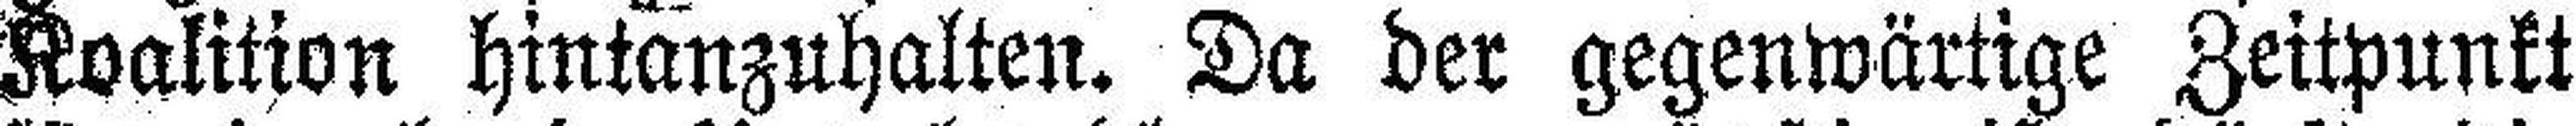
Koalition hintanzuhalten. Da der gegenwärtige Zeitpunkt